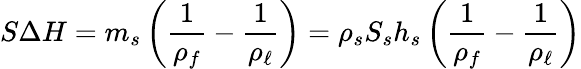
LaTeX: S\Delta H=m_{s}\left(\frac 1{\rho_{f}}-\frac{1}{\rho_{\ell}}\right)=\rho_{s}S_{s}h_{s}\left(\frac 1{\rho_{f}}-\frac{1}{\rho_{\ell}}\right)